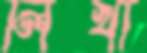
লিখা